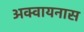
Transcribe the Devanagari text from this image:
अक्वायनास